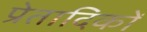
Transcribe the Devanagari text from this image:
प्रेतादिकों